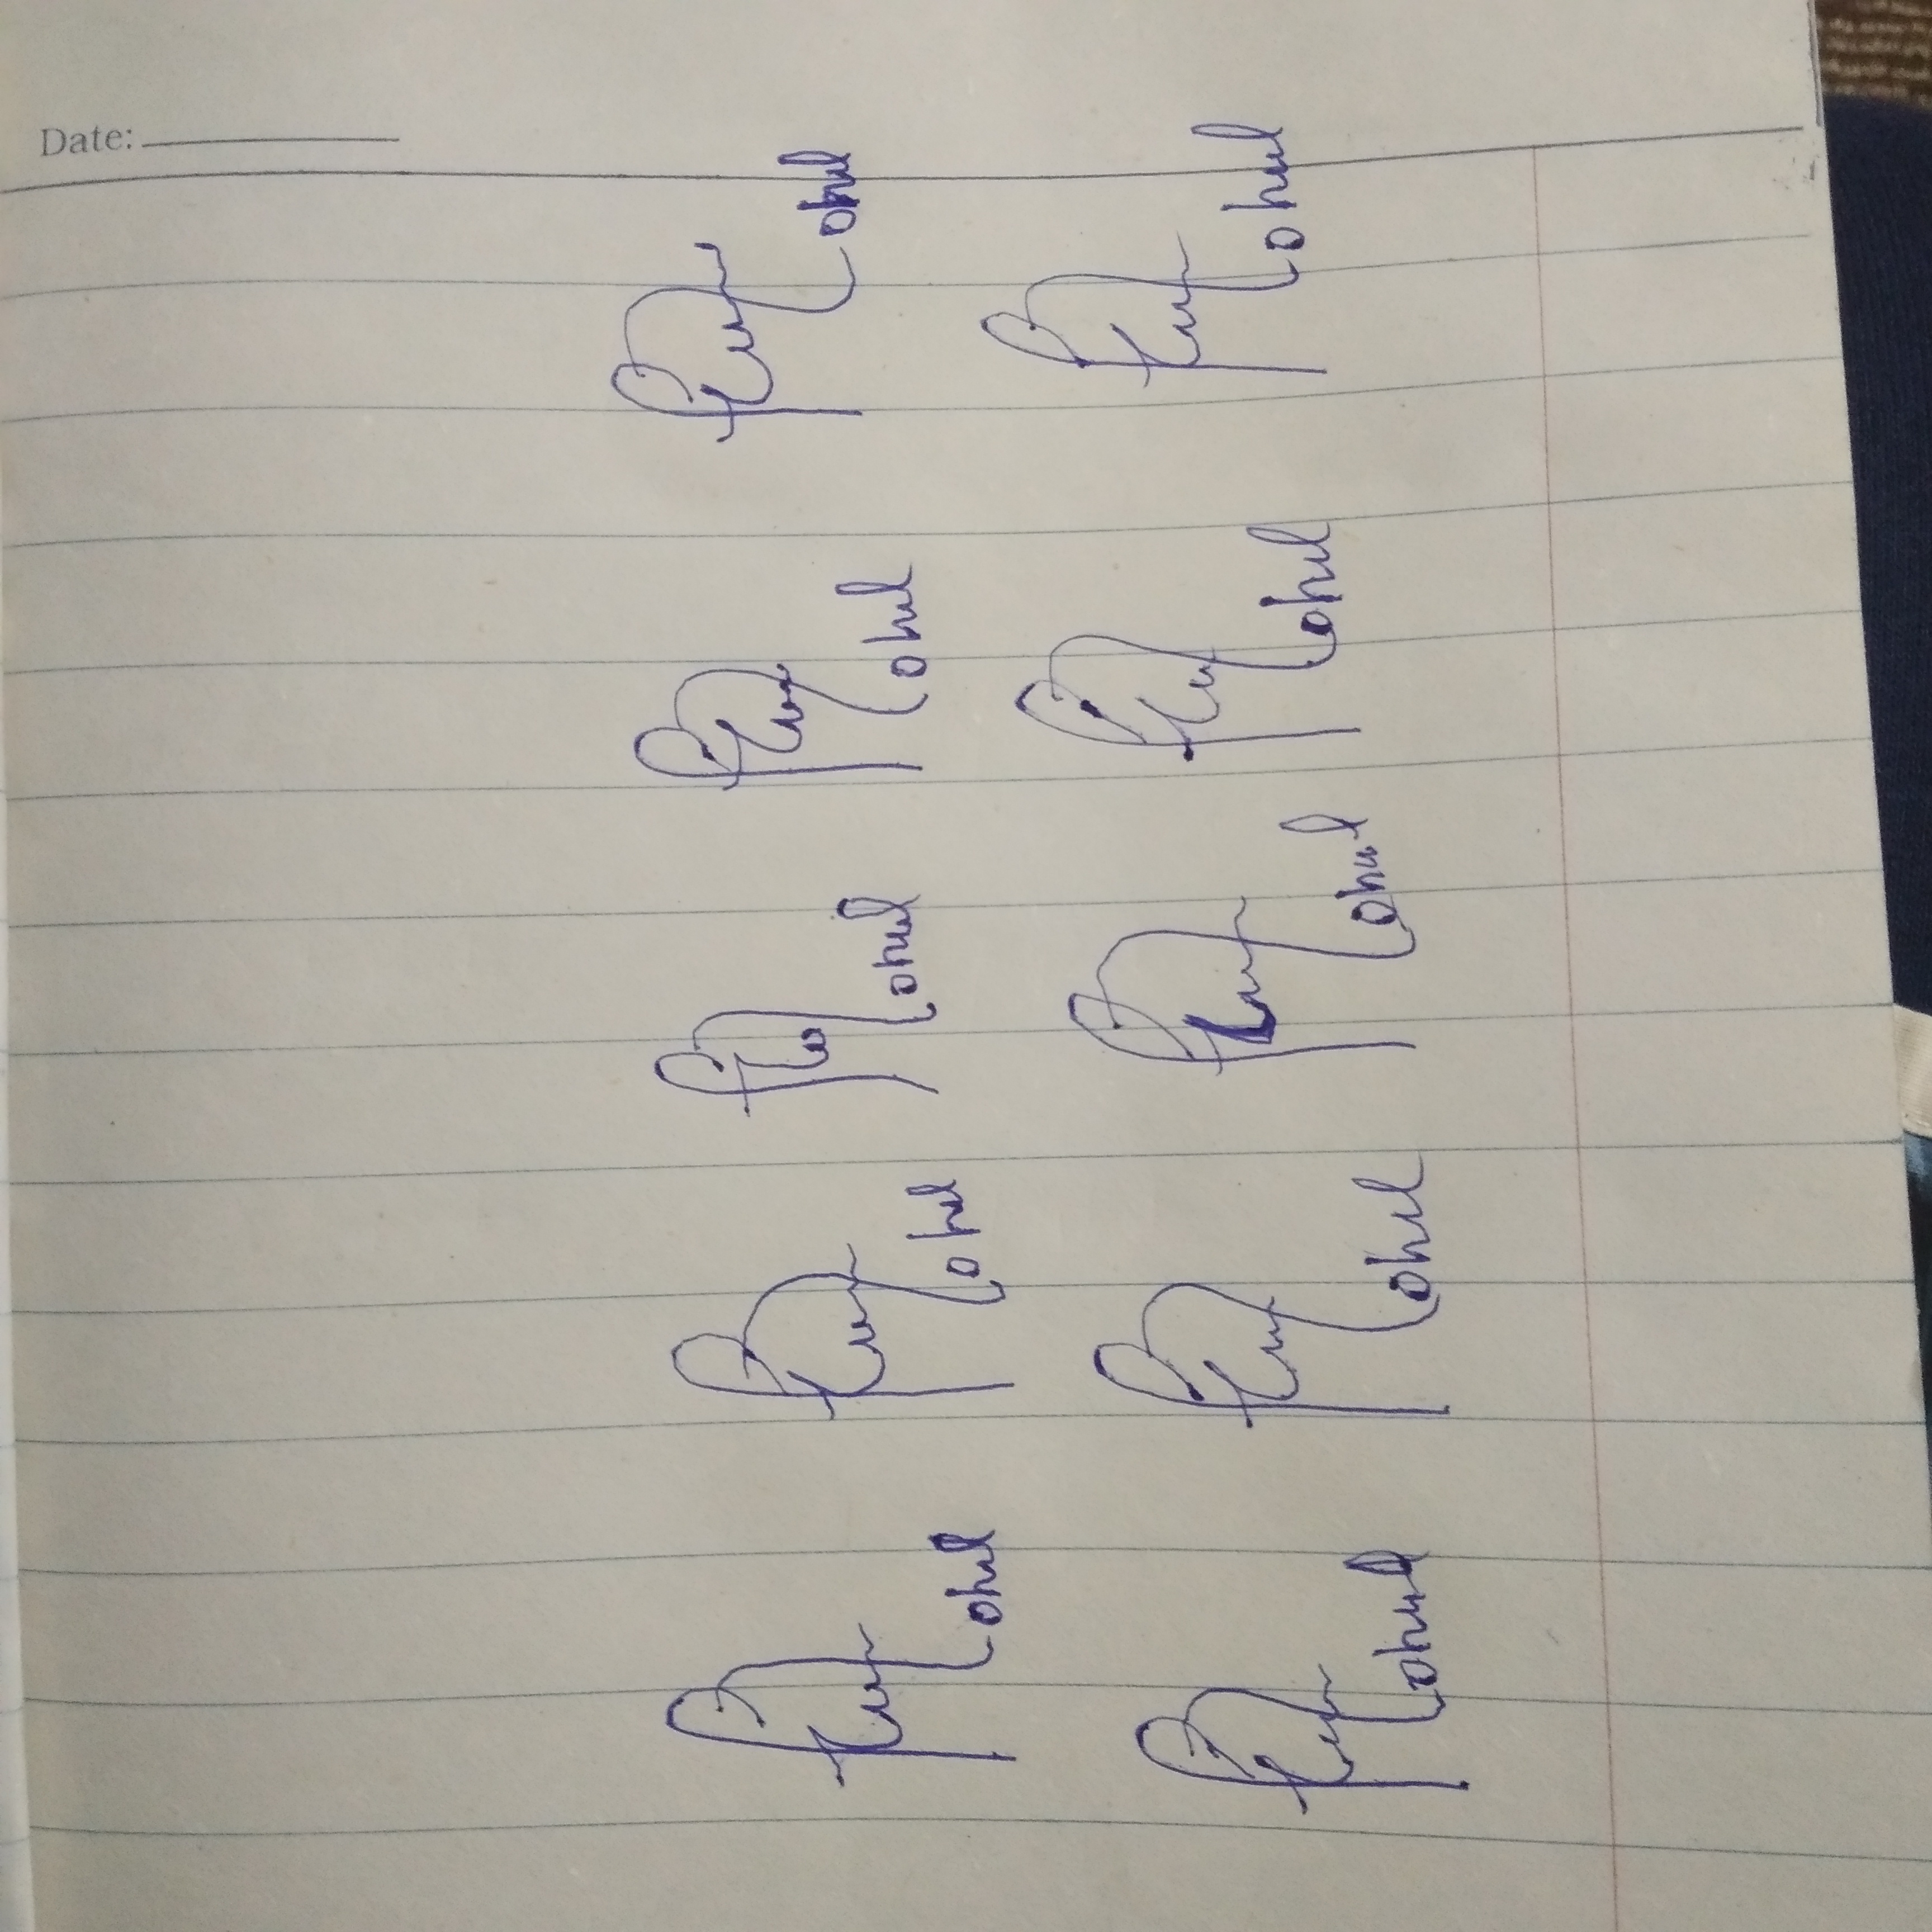
Signature authenticity: forged